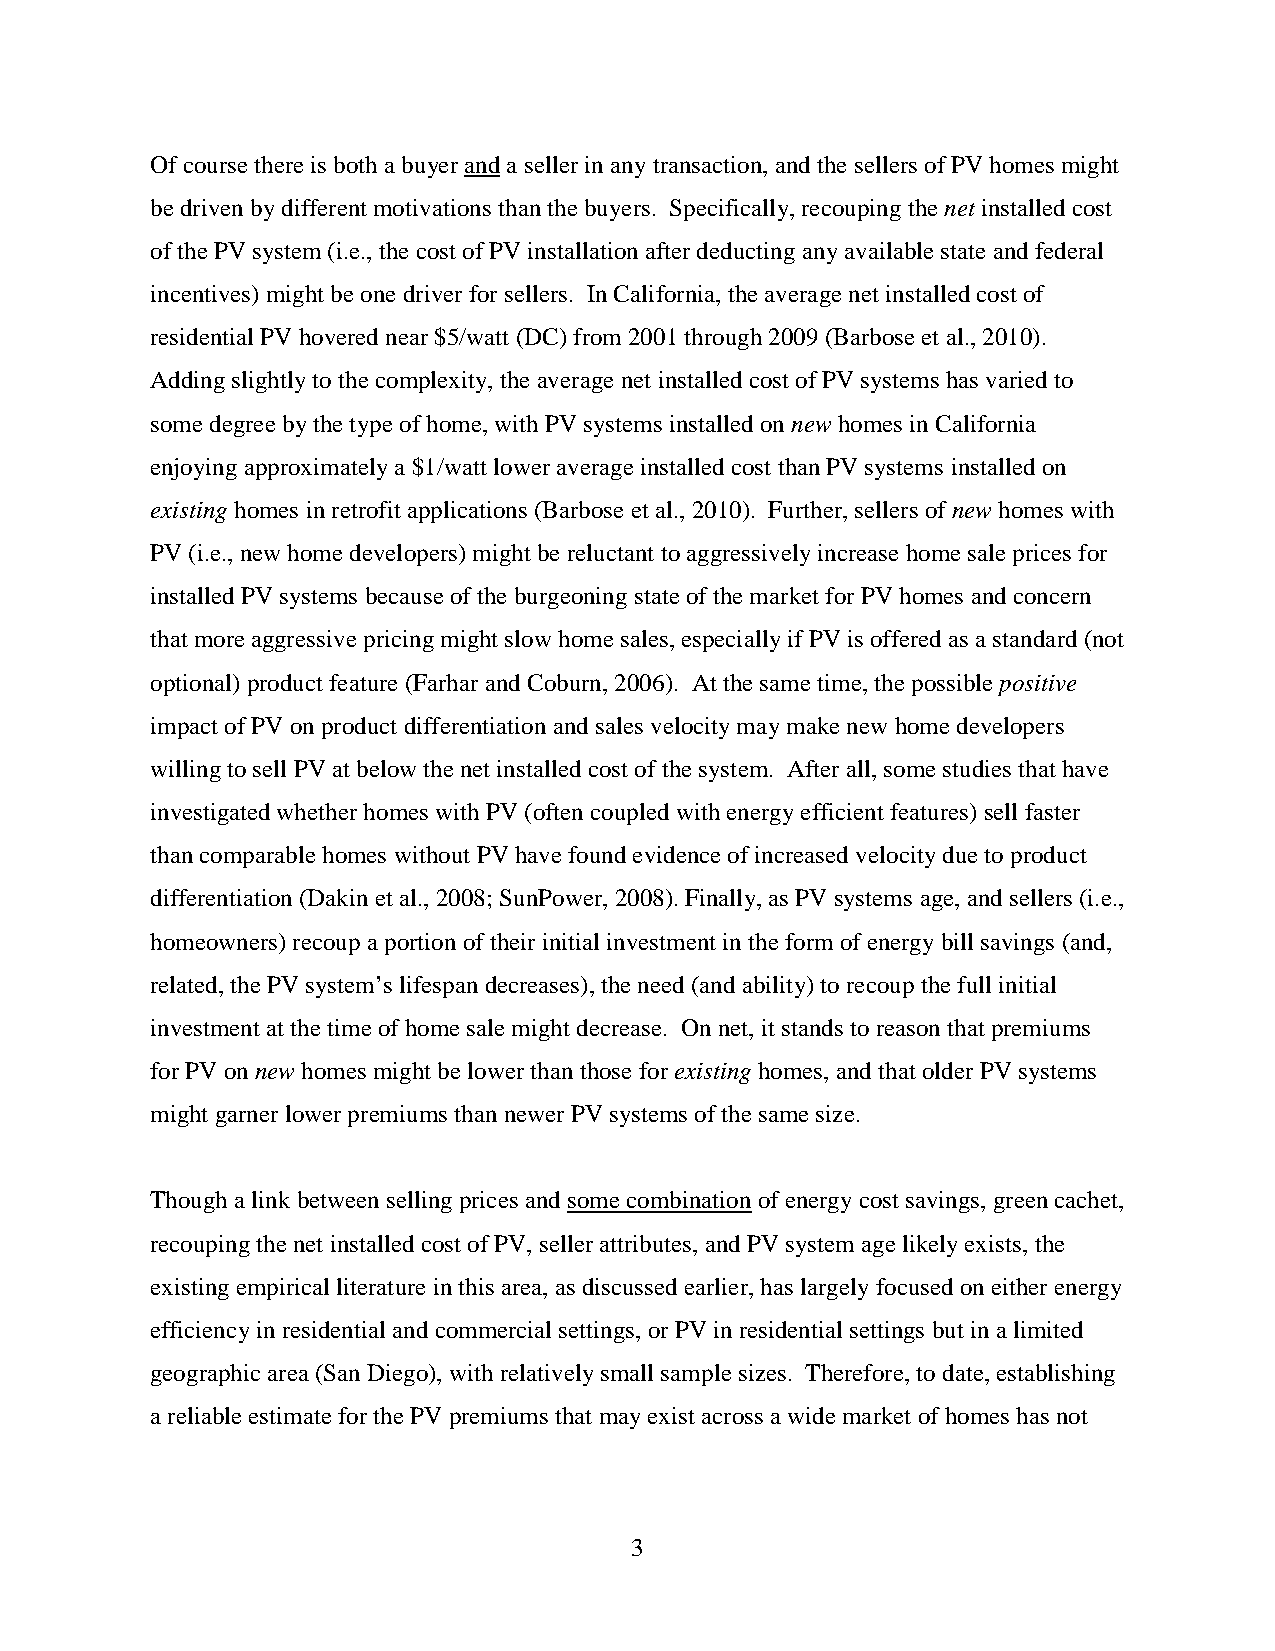
Of course there is both a buyer and a seller in any transaction, and the sellers of PV homes might
 be driven by different motivations than the buyers. Specifically, recouping the net installed cost
 of the PV system (i.e., the cost of PV installation after deducting any available state and federal
 incentives) might be one driver for sellers. In California, the average net installed cost of
 residential PV hovered near $5/watt (DC) from 2001 through 2009 (Barbose et al., 2010).
 Adding slightly to the complexity, the average net installed cost of PV systems has varied to
 some degree by the type of home, with PV systems installed on new homes in California
 enjoying approximately a $1/watt lower average installed cost than PV systems installed on
 existing homes in retrofit applications (Barbose et al., 2010). Further, sellers of new homes with
 PV (i.e., new home developers) might be reluctant to aggressively increase home sale prices for
 installed PV systems because of the burgeoning state of the market for PV homes and concern
 that more aggressive pricing might slow home sales, especially if PV is offered as a standard (not
 optional) product feature (Farhar and Coburn, 2006). At the same time, the possible positive
 impact of PV on product differentiation and sales velocity may make new home developers
 willing to sell PV at below the net installed cost of the system. After all, some studies that have
 investigated whether homes with PV (often coupled with energy efficient features) sell faster
 than comparable homes without PV have found evidence of increased velocity due to product
 differentiation (Dakin et al., 2008; SunPower, 2008). Finally, as PV systems age, and sellers (i.e.,
 homeowners) recoup a portion of their initial investment in the form of energy bill savings (and,
 related, the PV system’s lifespan decreases), the need (and ability) to recoup the full initial
 investment at the time of home sale might decrease. On net, it stands to reason that premiums
 for PV on new homes might be lower than those for existing homes, and that older PV systems
 might garner lower premiums than newer PV systems of the same size.
 Though a link between selling prices and some combination of energy cost savings, green cachet,
 recouping the net installed cost of PV, seller attributes, and PV system age likely exists, the
 existing empirical literature in this area, as discussed earlier, has largely focused on either energy
 efficiency in residential and commercial settings, or PV in residential settings but in a limited
 geographic area (San Diego), with relatively small sample sizes. Therefore, to date, establishing
 a reliable estimate for the PV premiums that may exist across a wide market of homes has not
 3